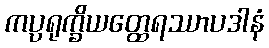
ကပ္ပရုက္ခိယတ္ထေရဿာပဒါနံ